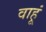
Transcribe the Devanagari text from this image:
वाहूं